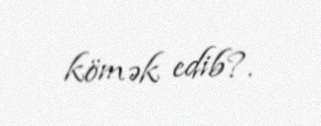
kömək edib?.